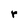
Character: r